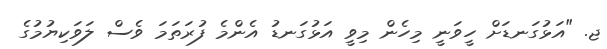
ޖ. "އަޅުގަނޑަށް ހީވަނީ މިހެން މިވީ އަޅުގަނޑު އެންމެ ފުރަތަމަ ވެސް ލަވަކިޔުމުގެ